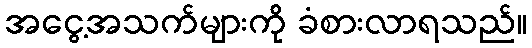
အငွေ့အသက်များကို ခံစားလာရသည်။